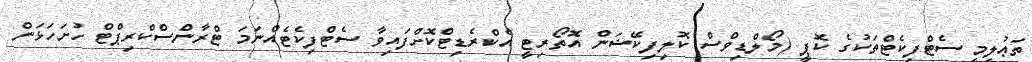
ތަޢުލީމީ ސެޓްފިކެޓްތަކުގެ ކޮޕީ (މޯލްޑިވްސް ކޮލިފިކޭޝަން އޮތޯރިޓީ އެކްރެޑިޓްކޮށްފައިވާ ސެޓްފިކެޓެއްނަމަ ޓްރާންސްކްރިޕްޓް ހުށަހަޅަން